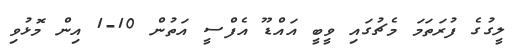
ލީގުގެ ފުރަތަމަ މެޗުގައި ވީބީ އައްޑޫ އެފްސީ އަތުން 10-1 އިިން މޮޅުވި